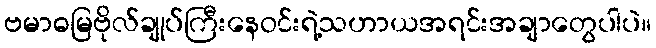
ဗမာဓမြဗိုလ်ချုပ်ကြီးနေဝင်းရဲ့သဟာယအရင်းအချာတွေပါပဲ။